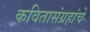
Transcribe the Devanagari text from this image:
कवितासंग्रहांचे